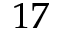
1 7